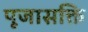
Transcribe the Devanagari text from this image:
पूजासक्ति